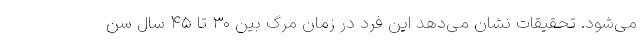
می‌شود. تحقیقات نشان می‌دهد این فرد در زمان مرگ بین ۳۰ تا ۴۵ سال سن